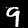
Digit: 9